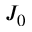
J _ { 0 }